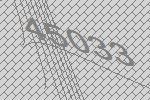
45033